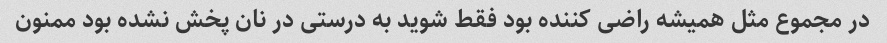
در مجموع مثل همیشه راضی کننده بود فقط شوید به درستی در نان پخش نشده بود ممنون